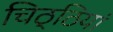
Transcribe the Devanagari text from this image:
चिठ्ठियां